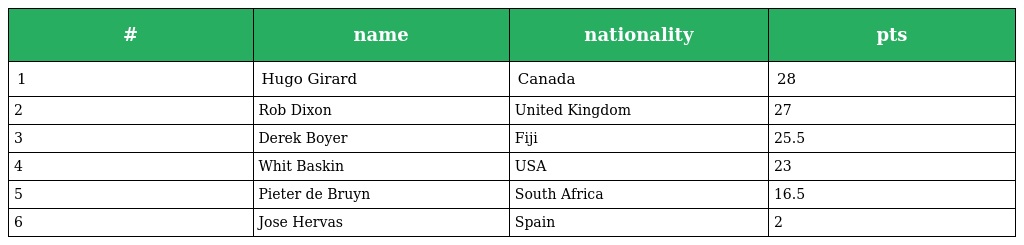
| # | name | nationality | pts |
 | --- | --- | --- | --- |
 | 1 | Hugo Girard | Canada | 28 |
 | 2 | Rob Dixon | United Kingdom | 27 |
 | 3 | Derek Boyer | Fiji | 25.5 |
 | 4 | Whit Baskin | USA | 23 |
 | 5 | Pieter de Bruyn | South Africa | 16.5 |
 | 6 | Jose Hervas | Spain | 2 |